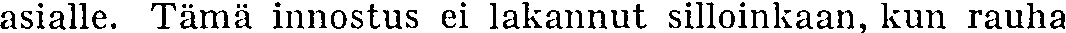
asialle. Tämä innostus ei lakannut silloinkaan, kun rauha